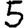
Digit: 5